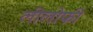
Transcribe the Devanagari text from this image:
लीलोफी